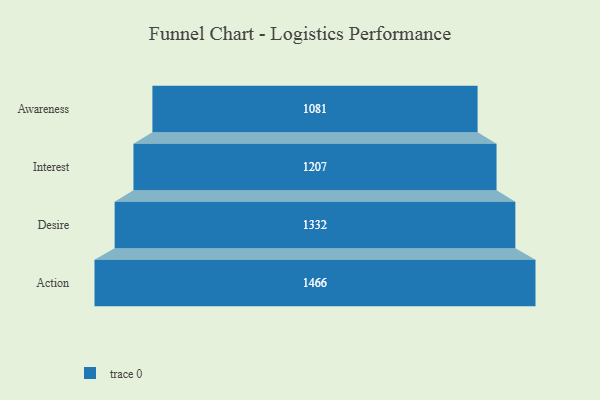
{"axis": {"x": "Stage", "y": "Value"}, "legend": [""], "data": [{"x": "Awareness", "y": 1081.0, "type": ""}, {"x": "Interest", "y": 1207.0, "type": ""}, {"x": "Desire", "y": 1332.0, "type": ""}, {"x": "Action", "y": 1466.0, "type": ""}]}